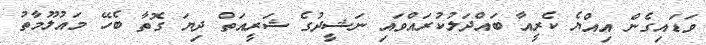
ވަޑައިގެން އިއްޔެ ކެރީއާ ބައްދަލުކުރައްވައި ނަޝީދުގެ ޝަރީއަތް ދިޔަ ގޮތާ ބެހޭ މައުލޫމާތު